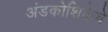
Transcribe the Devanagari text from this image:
अंडकोशिकेचे